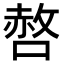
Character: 𭊆